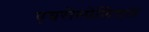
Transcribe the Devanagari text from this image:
एयरोस्पेशियल